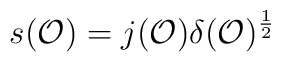
s({\cal O})=j({\cal O})\delta ({\cal O})^{\frac{1}{2}}